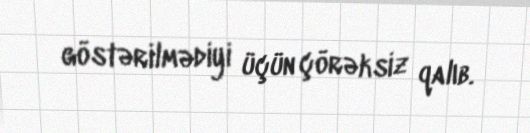
göstərilmədiyi üçün çörəksiz qalıb.